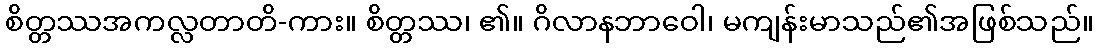
စိတ္တဿအကလ္လတာတိ-ကား။ စိတ္တဿ၊ ၏။ ဂိလာနဘာဝေါ၊ မကျန်းမာသည်၏အဖြစ်သည်။